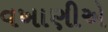
વખાણીએ